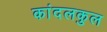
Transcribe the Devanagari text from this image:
कांदलकुल